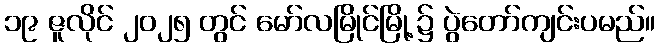
၁၉ ဇူလိုင် ၂၀၂၅ တွင် မော်လမြိုင်မြို့၌ ပွဲတော်ကျင်းပမည်။